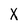
Character: X